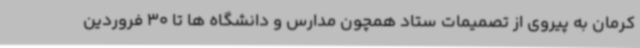
کرمان به پیروی از تصمیمات ستاد همچون مدارس و دانشگاه ها تا 30 فروردین